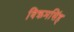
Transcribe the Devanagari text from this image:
विक्रमसिंह